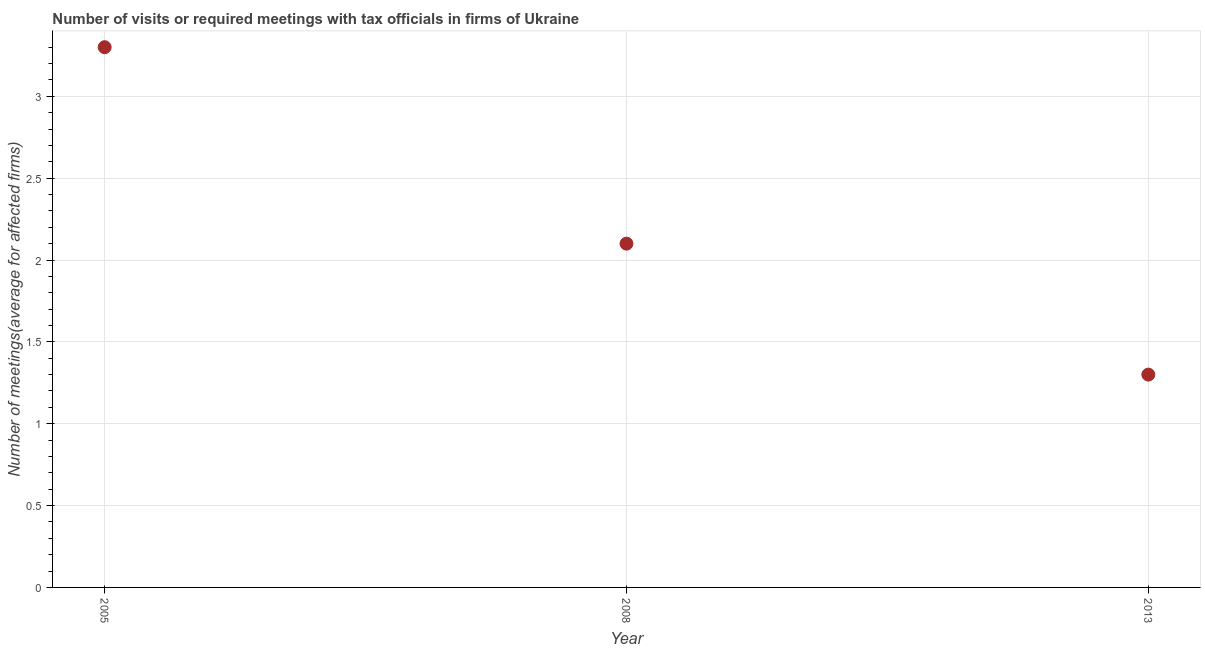
| Year | Meetings with tax officials |
 | --- | --- |
 | 2005 | 3.3 |
 | 2008 | 2.1 |
 | 2013 | 1.3 |